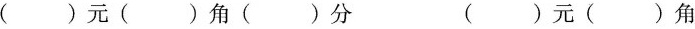
( )元( )角( )分 ( )元( )角